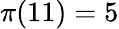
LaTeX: \pi(11)=5